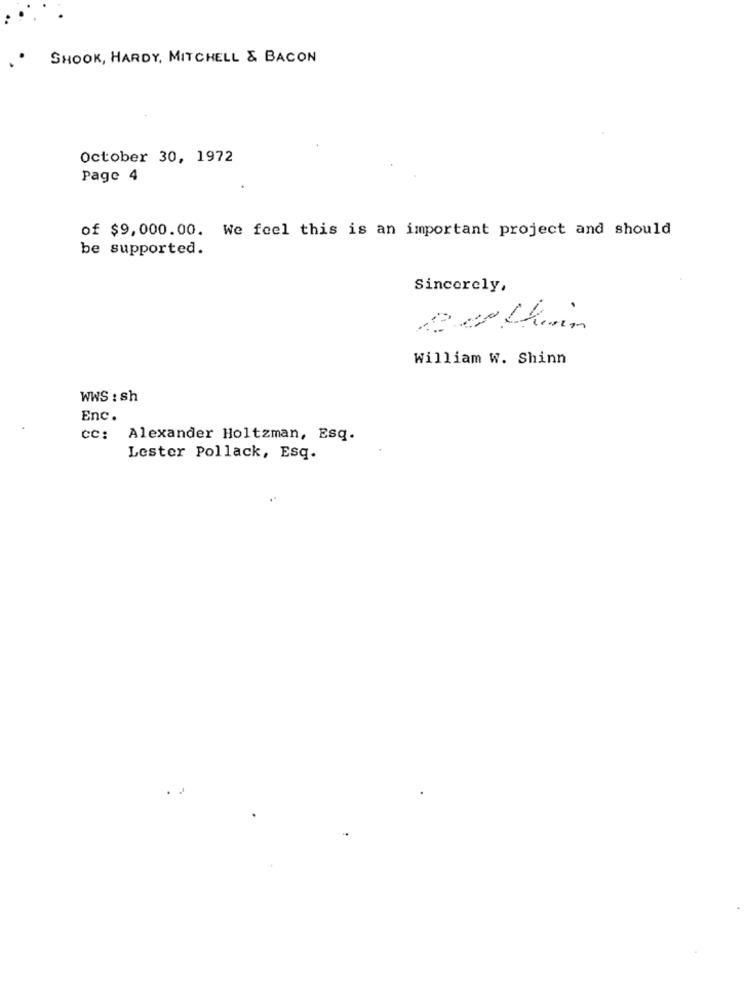
SHOOK, HARDY, MITCHELL & BACON
October 30, 1972
Page 4
of $9,000.00. We feel this is an important project and should
be supported.
Sincerely,
William W. Shinn
WWS : sh
Enc.
CC:
Alexander Holtzman, Esq.
Lester Pollack, Esq.